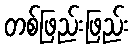
တစ်ဖြည်းဖြည်း